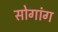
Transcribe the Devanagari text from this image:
सोगांग